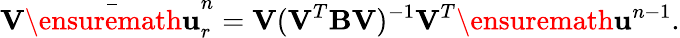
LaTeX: \mathbf{V}\bar{\ensuremath{\mathbf{u}}}_{r}^{n}=\mathbf{V}(\mathbf{V}^{T}\mathbf{B}\mathbf{V})^{-1}\mathbf{V}^{T}\ensuremath{\mathbf{u}}^{n-1}.